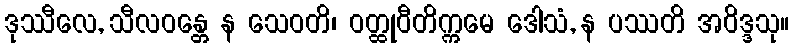
ဒုဿီလေ, သီလဝန္တေ န သေဝတိ၊ ဝတ္ထုဝီတိက္ကမေ ဒေါသံ, န ပဿတိ အဝိဒ္ဒသု။